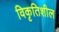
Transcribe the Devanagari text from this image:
विकृतिशील